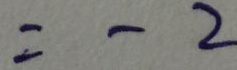
= - 2